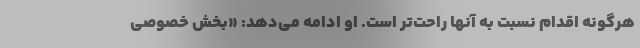
هرگونه اقدام نسبت به آنها راحت‌تر است. او ادامه می‌دهد: «بخش خصوصی